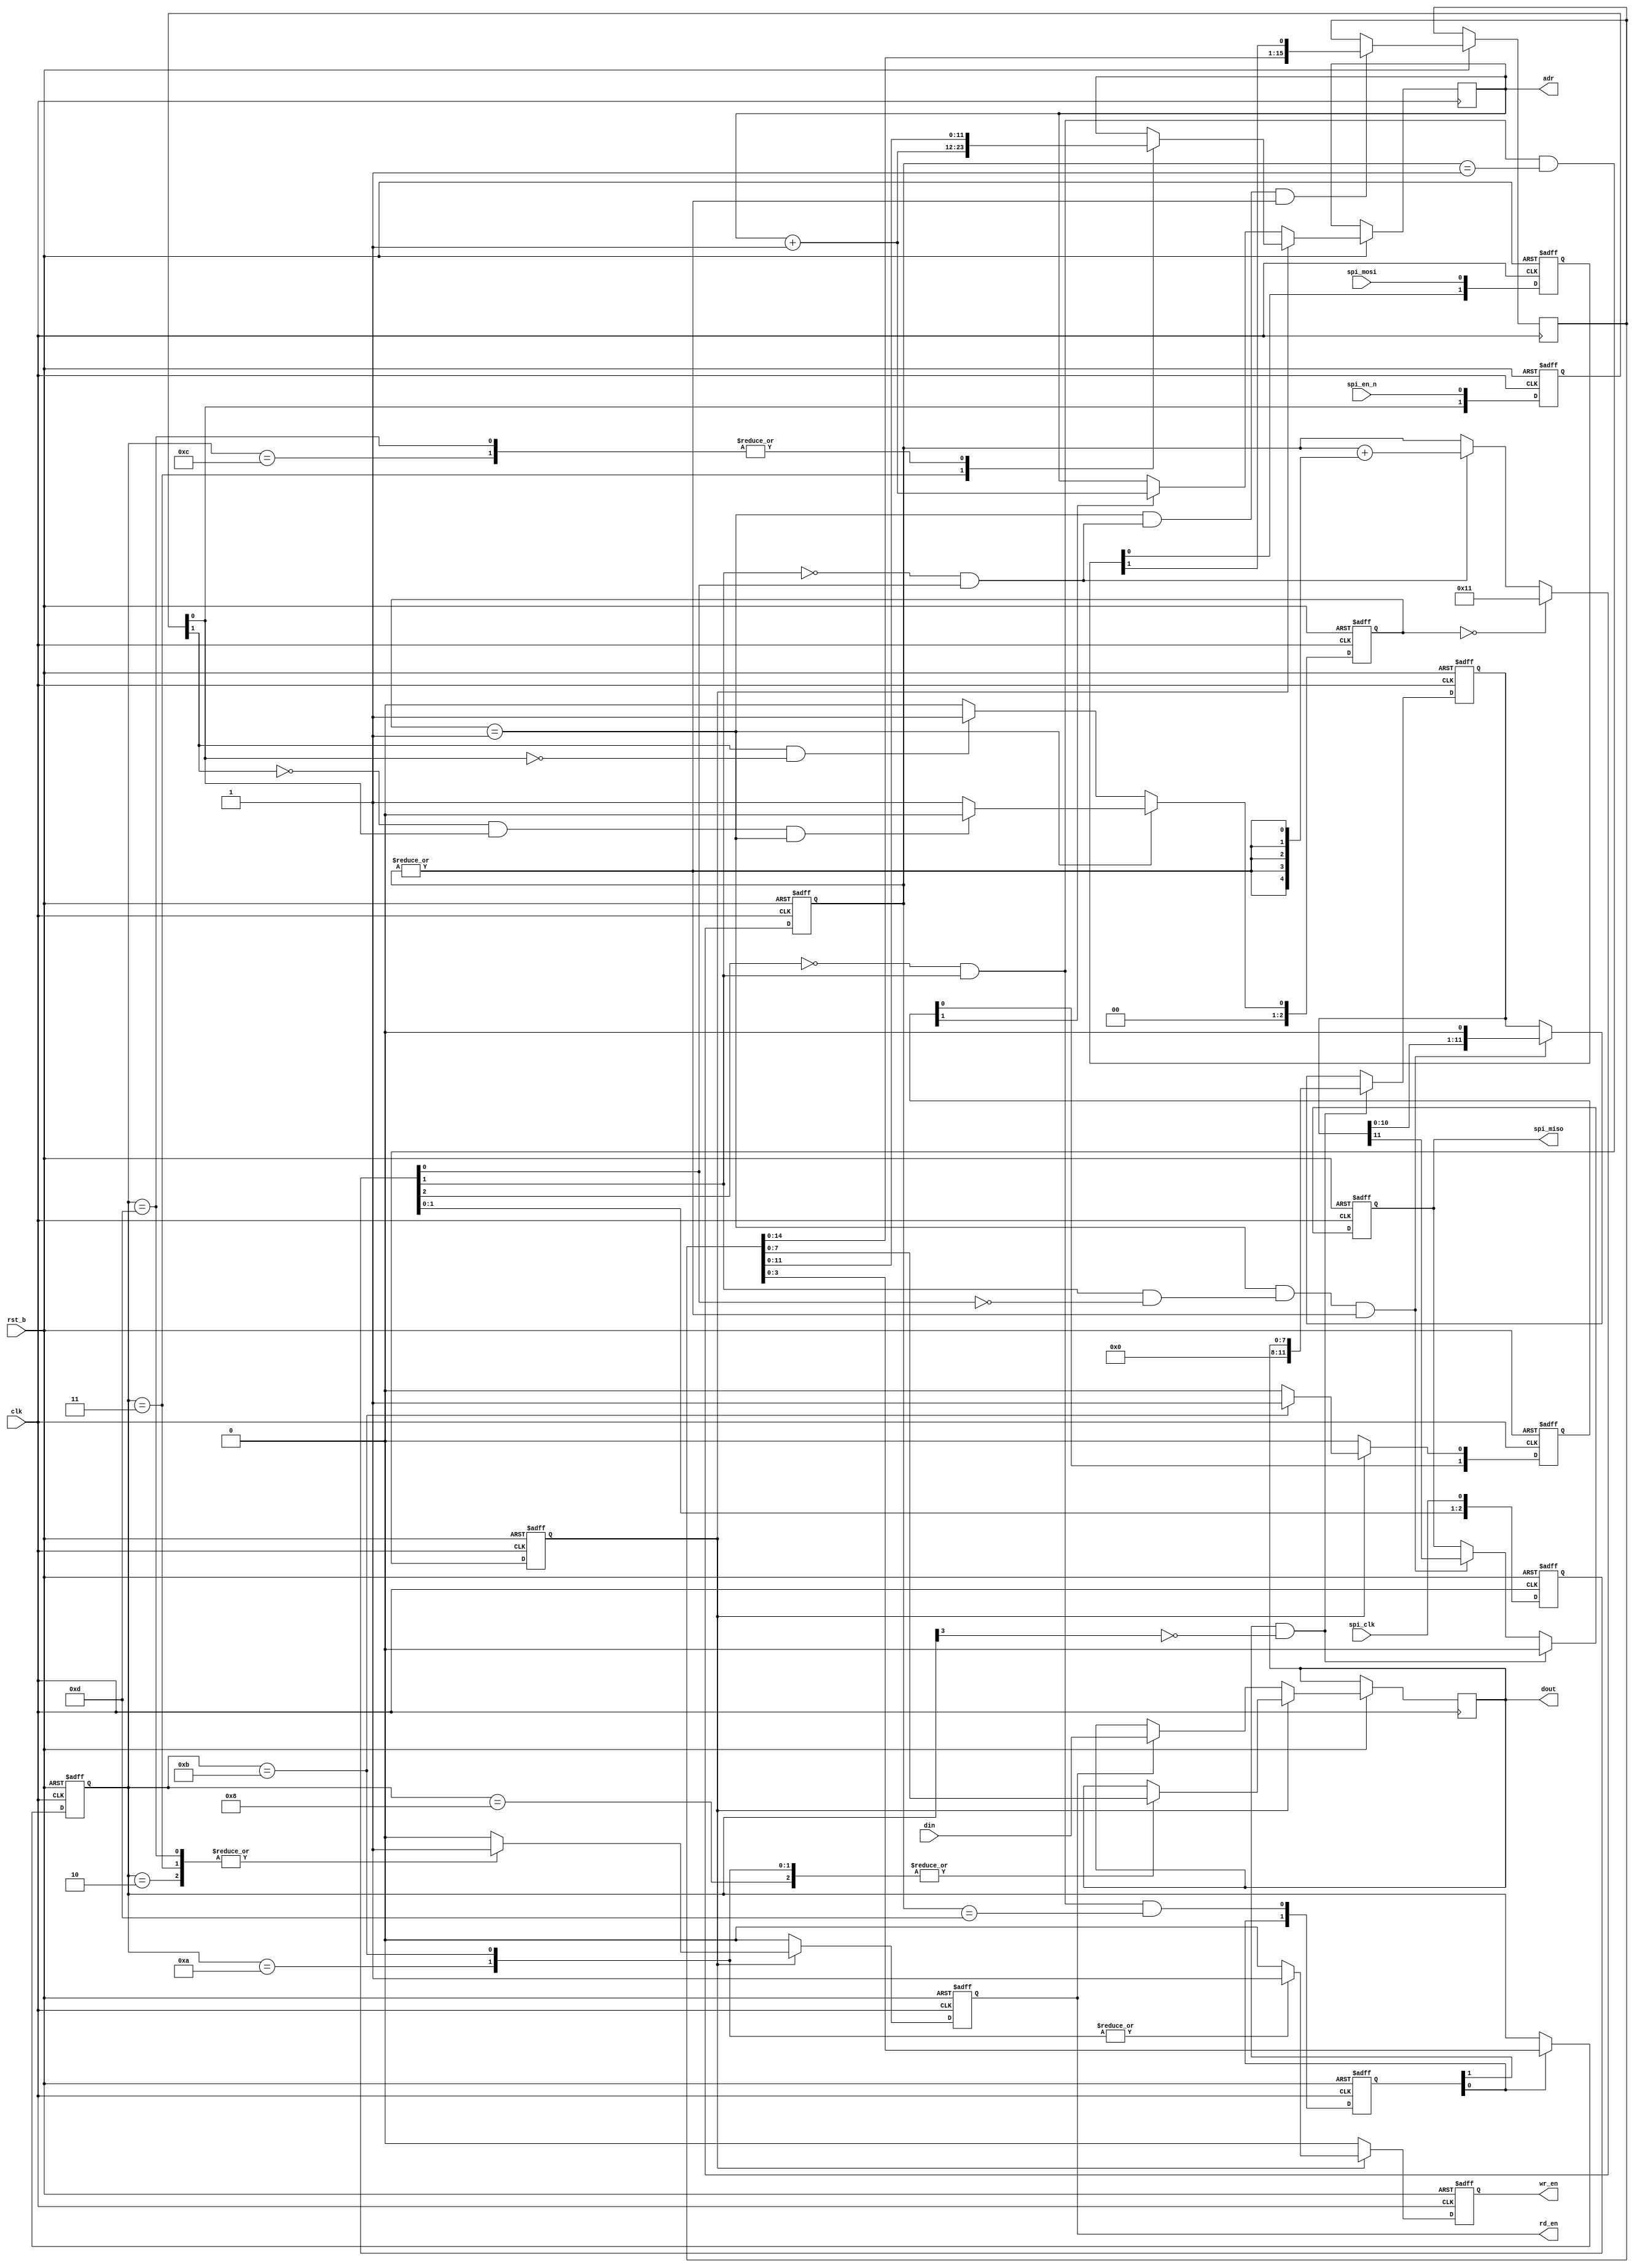
/*
 * Data Format
 *   bit 15-12: SPI Command sets 
 *     4'b0000: Read from SPI 8-bit Data Register
 *     4'b0010: Read from SPI 8-bit Data Register and 
 *              Assert a Read Command from the same Address
 *     4'b0011: Read from SPI 8-bit Data Register and
 *              Assert a Read Command from (Address Register + 1)
 *     4'b0100: Read from SPI 12-bit Address Register 
 *
 *     4'b1000: Write to SPI 8-bit Data Register 
 *     4'b1010: Write to SPI 8-bit Data Register and 
 *              Assert a Write Command 
 *     4'b1011: Write to SPI 8-bit Data Register and
 *              Assert a Write Command and then
 *              Increase Address Register by 1
 *     4'b1100: Write to SPI 12-bit Address Register 
 *     4'b1101: Write to SPI 12-bit Address Register and 
 *              Prepare data in SPI 8-bit Data Register
 *   bit 11-0: Data/Address Field 
 */

`timescale 1ns / 10ps

module spi_slv_8b8b(
  input             spi_clk,
  input             spi_en_n, 
  input             spi_mosi,
  output reg        spi_miso = 1'b0,		//0

  input             clk,
  input             rst_b, 

  output reg        wr_en = 1'b0,
  output reg        rd_en = 1'b0,
  output reg [11:0] adr,
  output reg  [7:0] dout,
  input       [7:0] din
);

  // SPI<-->clk clock sync signals
  reg     [2:0] spi_clk_sync  = 3'd7, 
                spi_en_n_sync = 3'd0, 
                spi_mosi_sync = 3'd0;
  wire          spi_clk_rise, spi_clk_rise_1,
                spi_clk_fall, spi_clk_fall_1,
                spi_en_n_rise, spi_en_n_fall;

  // clk clock domain signals
  reg     [2:0] fsm_cs, fsm_ns;
  reg     [4:0] shin_cntr = 'd17;
  reg    [15:0] shin_reg;
  reg    [11:0] shout_reg;
  //reg           wr_cmd, rd_cmd;
  reg     [1:0] cmd_hit = 2'd0, 
                ad_hit  = 2'd0;
  reg     [1:0] adr_inc = 2'd0; 
  reg     [3:0] spi_cmd;
  
  // SPI<-->clk clock sync logic
  assign spi_clk_rise   = ~spi_clk_sync[1]  &  spi_clk_sync[0];		//clk;	
  assign spi_clk_rise_1 = ~spi_clk_sync[2]  &  spi_clk_sync[1];		//clk;
  assign spi_clk_fall   =  spi_clk_sync[1]  & ~spi_clk_sync[0];
  assign spi_clk_fall_1 =  spi_clk_sync[2]  & ~spi_clk_sync[1];
  assign spi_en_n_rise  = ~spi_en_n_sync[1] &  spi_en_n_sync[0] & (fsm_cs == 'd1);
  assign spi_en_n_fall  =  spi_en_n_sync[1] & ~spi_en_n_sync[0];

  always @(posedge clk or negedge rst_b)
  begin
    if (!rst_b)
    begin
      spi_clk_sync  <= 3'd7;
      spi_en_n_sync <= 3'd0;
      spi_mosi_sync <= 3'd0;
    end
    else
    begin   
      spi_clk_sync  <= {spi_clk_sync,  spi_clk};
      spi_en_n_sync <= {spi_en_n_sync, spi_en_n};
      spi_mosi_sync <= {spi_mosi_sync, spi_mosi};
    end
  end

  // clk clock domain logics
  always @(posedge clk or negedge rst_b)
  begin: SPI_FSM_seq
    if (!rst_b)
      fsm_cs <= 'd0;
    else
      fsm_cs <= fsm_ns;
  end

  always @(*)
  begin : FSM_Next
    case (fsm_cs)
    'd1:
      fsm_ns = (spi_en_n_rise)? 'd0:'d1;		//CS 0CS 1

    default: // 'd0;
      fsm_ns = (spi_en_n_fall)? 'd1:'d0;
    endcase
  end

  always @(posedge clk or negedge rst_b)
  begin
    if (!rst_b)
    begin
      cmd_hit <= 'd0;		//2'b
      ad_hit  <= 'd0;		//2'b
      spi_cmd <= 4'hF;      //4'b1111
      shin_cntr <= 'd17;	//5'b10001
      spi_miso <= 1'b0;
      shout_reg <= 'd0;		//12'b
    end
    else
    begin
      cmd_hit[1] <= cmd_hit[0];
      cmd_hit[0] <= spi_clk_rise_1 & (shin_cntr == 'd13);
      ad_hit <= spi_clk_rise_1 & (shin_cntr == 'd1);
      if (fsm_cs == 'd0)
        shin_cntr <= 'd17;
      else if (spi_clk_rise)	//cs  spi_clk_rise = 1
        shin_cntr <= shin_cntr + {5{|shin_cntr}};			//	10000 = 10001+11111		//	{3{0}}    3'b000
      
      if (fsm_cs == 'd1 & spi_clk_rise & |shin_cntr)
        shin_reg <= {shin_reg, spi_mosi_sync[1]};

      if (cmd_hit[1] & ~spi_cmd[3])
      begin
        spi_miso <= 1'b0;
        shout_reg <= {4'd0, dout};
      end
      else if (fsm_cs == 'd1 & spi_clk_fall & |shin_cntr)
        {spi_miso, shout_reg} <= {shout_reg, 1'b0};                              
       
      spi_cmd  <= (cmd_hit[0])? shin_reg[3:0]:spi_cmd;   
    end                                                  
  end                                                    
    
  always @(posedge clk or negedge rst_b)                                         
  begin                                                                          
    if (!rst_b)                                                                  
    begin                                                                        
      {wr_en, rd_en} <= 'd0;                                                     
      adr_inc <= 2'd0;                                                           
    end                                                                          
    else                                                                         
    begin                                                                        
      wr_en <= 1'b0;                                                             
      rd_en <= 1'b0;
      adr_inc <= {adr_inc[0], 1'b0};

      if (ad_hit) 
      begin
        case (spi_cmd)
        4'b0010:				//Read from SPI 8-bit Data Register and Assert a Read Command from the same Address
          rd_en <= 1'b1;                                 						   
        4'b0011:                //Read from SPI 8-bit Data Register and Assert a Read Command from (Address Register + 1)                        						   
        begin                                        						   
          rd_en <= 1'b1;                               						   
          adr <= adr + 1'b1;                           						   
        end                                            						   
         
        4'b1000:                //Write to SPI 8-bit Data Register                       						   
          dout <= shin_reg;                            						   
        4'b1010:                //Write to SPI 8-bit Data Register and Assert a Write Command                       						   
        begin                                           						   
          wr_en <= 1'b1;                               						   
          dout <= shin_reg;                            						   
        end                                            						   
        4'b1011:                //Write to SPI 8-bit Data Register and Assert a Write Command and then                      						   
        begin                   //Increase Address Register by 1                       						   
          wr_en <= 1'b1;        
          dout <= shin_reg;     
          adr_inc[0] <= 1'b1;   
        end                     
        4'b1100:                //Write to SPI 12-bit Address Register
          adr <= shin_reg;      
        4'b1101:                //Write to SPI 12-bit Address Register and Prepare data in SPI 8-bit Data Register
        begin                   
          rd_en <= 1'b1;        
          adr <= shin_reg;      
        end                     
        default: 
          ;
        endcase
      end
      else
      begin
        if (adr_inc[1])
          adr <= adr + 1'b1; 
        if (rd_en)
          dout <= din;
      end
    end
  end
endmodule